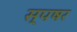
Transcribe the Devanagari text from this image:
स्पषर